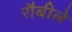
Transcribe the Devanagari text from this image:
रौबीले